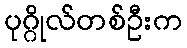
ပုဂ္ဂိုလ်တစ်ဦးက